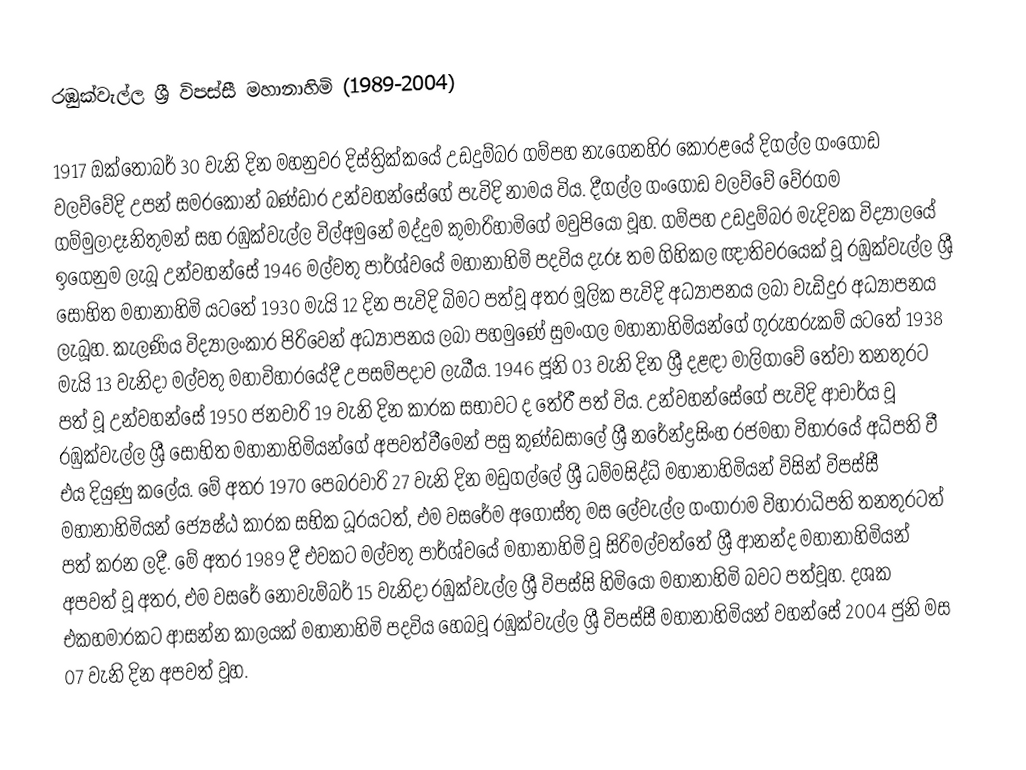
රඹුක්වැල්ල ශ්‍රී විපස්සී මහානාහිමි (1989-2004)

1917 ඔක්‌තෝබර් 30 වැනි දින මහනුවර දිස්ත්‍රික්කයේ උඩදුම්බර ගම්පහ නැගෙනහිර කෝරළයේ දිගල්ල ගංගොඩ වලව්වේදි  උපන් සමරකෝන් බණ්ඩාර උන්වහන්සේගේ පැවිදි නාමය විය. දීගල්ල ගංගොඩ වලව්වේ  වේරගම ගම්මුලාදෑනිතුමන්  සහ රඹුක්වැල්ල  විල්අමුනේ  මද්දුම කුමාරිහාමිගේ මවුපියෝ වූහ.  ගම්පහ උඩදුම්බර මැදිවක විද්‍යාලයේ ඉගෙනුම ලැබූ  උන්වහන්සේ 1946 මල්වතු පාර්ශ්වයේ මහානාහිමි පදවිය දැරූ තම ගිහිකල ඥාතිවරයෙක් වූ රඹුක්වැල්ල ශ්‍රී සෝභිත මහානාහිමි යටතේ 1930 මැයි 12 දින පැවිදි බිමට පත්වූ අතර මූලික පැවිදි අධ්‍යාපනය ලබා වැඩිදුර අධ්‍යාපනය ලැබූහ. කැලණිය විද්‍යාලංකාර පිරිවෙන් අධ්‍යාපනය ලබා පහමුණේ සුමංගල මහානාහිමියන්ගේ ගුරුහරුකම් යටතේ 1938 මැයි 13 වැනිදා මල්වතු මහාවිහාරයේදී උපසම්පදාව ලැබීය. 1946 ජූනි 03 වැනි දින ශ්‍රී දළඳා මාලිගාවේ තේවා තනතුරට පත් වූ උන්වහන්සේ 1950 ජනවාරි 19 වැනි දින කාරක සභාවට ද තේරී පත් විය. උන්වහන්සේගේ පැවිදි ආචාර්ය වූ  රඹුක්වැල්ල ශ්‍රී සෝභිත මහානාහිමියන්ගේ අපවත්වීමෙන් පසු කුණ්ඩසාලේ ශ්‍රී නරේන්ද්‍රසිංහ රජමහා විහාරයේ අධිපති  වී එය දියුණු කලේය. මේ  අතර 1970 පෙබරවාරි 27 වැනි දින මඩුගල්ලේ ශ්‍රී ධම්මසිද්ධි මහානාහිමියන් විසින් විපස්සී මහානාහිමියන් ජ්‍යෙෂ්ඨ කාරක සභික ධූරයටත්, එම වසරේම අගෝස්තු මස ලේවැල්ල ගංගාරාම විහාරාධිපති තනතුරටත් පත් කරන ලදී. මේ අතර 1989 දී එවකට මල්වතු පාර්ශ්වයේ  මහානාහිමි වූ සිරිමල්වත්තේ ශ්‍රී ආනන්ද මහානාහිමියන් අපවත් වූ අතර, එම වසරේ නොවැම්බර් 15 වැනිදා රඹුක්වැල්ල ශ්‍රී විපස්සි හිමියෝ මහානාහිමි බවට පත්වූහ. දශක එකහමාරකට ආසන්න කාලයක් මහානාහිමි පදවිය හෙබවූ රඹුක්වැල්ල ශ්‍රී විපස්සී මහානාහිමියන් වහන්සේ 2004 ජුනි මස 07 වැනි දින අපවත් වූහ.